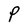
Character: P